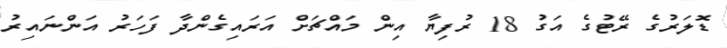
ޑޮލަރުގެ ރޭޓުގެ އަގު 18 ރުފިޔާ އިން މައްޗަށް އަރައިގެންދާ ފަހަރު އަންނައިރު